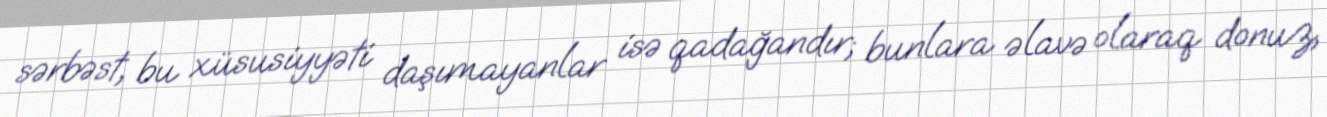
sərbəst, bu xüsusiyyəti daşımayanlar isə qadağandır; bunlara əlavə olaraq donuz,